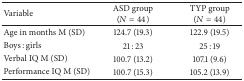
<table><thead><tr><td><b>Variable</b></td><td><b>ASD group(<i>N</i> = 44)</b></td><td><b>TYP group(<i>N</i> = 44)</b></td></tr></thead><tbody><tr><td>Age in months M (SD)</td><td>124.7 (19.3)</td><td>122.9 (19.5)</td></tr><tr><td>Boys : girls</td><td>21 : 23</td><td>25 : 19</td></tr><tr><td>Verbal IQ M (SD)</td><td>100.7 (13.2)</td><td>107.1 (9.6)</td></tr><tr><td>Performance IQ M (SD)</td><td>100.7 (15.3)</td><td>105.2 (13.9)</td></tr></tbody></table>